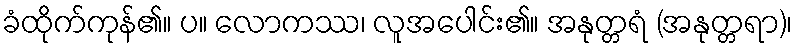
ခံထိုက်ကုန်၏။ ပ။ လောကဿ၊ လူအပေါင်း၏။ အနုတ္တရံ (အနုတ္တရာ)၊